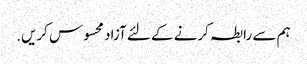
ہم سے رابطہ کرنے کے لئے آزاد محسوس کریں.